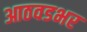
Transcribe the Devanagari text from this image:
आठवडभर